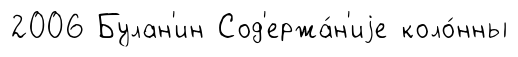
2006 Булан'ин Сод'ержа́н'иjе коло́нны